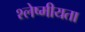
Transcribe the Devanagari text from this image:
श्लेष्मीयता